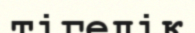
тігелік